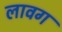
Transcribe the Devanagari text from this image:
लावग